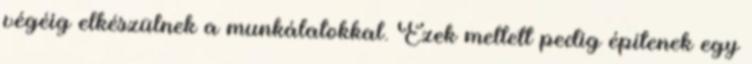
végéig elkészülnek a munkálatokkal. Ezek mellett pedig építenek egy